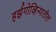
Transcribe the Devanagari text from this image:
हर्झगोव्हिन्यातील